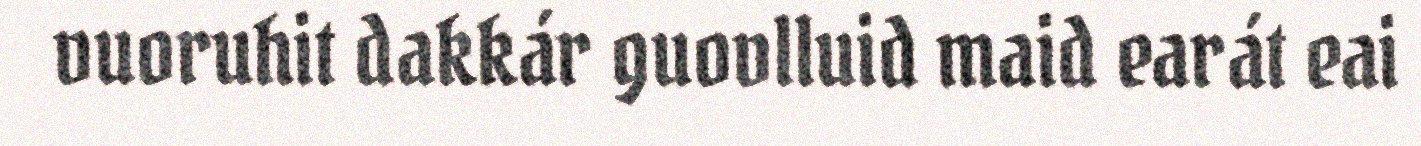
vuoruhit dakkár guovlluid maid earát eai